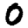
Digit: 0